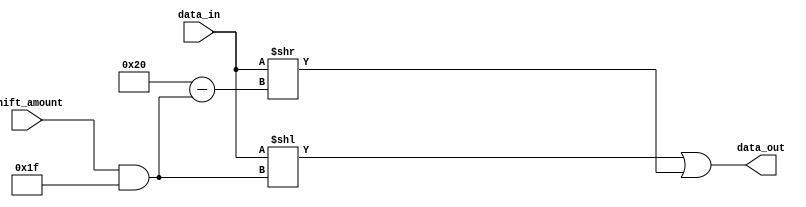
module bard_left(
    input [31:0] data_in,
    input [31:0] shift_amount,
    output [31:0] data_out
);

    assign data_out = (data_in << (shift_amount & 31)) | (data_in >> (32 - (shift_amount & 31)));

endmodule